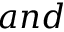
a n d